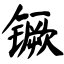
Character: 镢